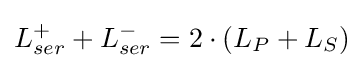
L_{ser}^{+}+L_{ser}^{-}=2\cdot (L_{P}+L_{S})